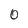
Character: O